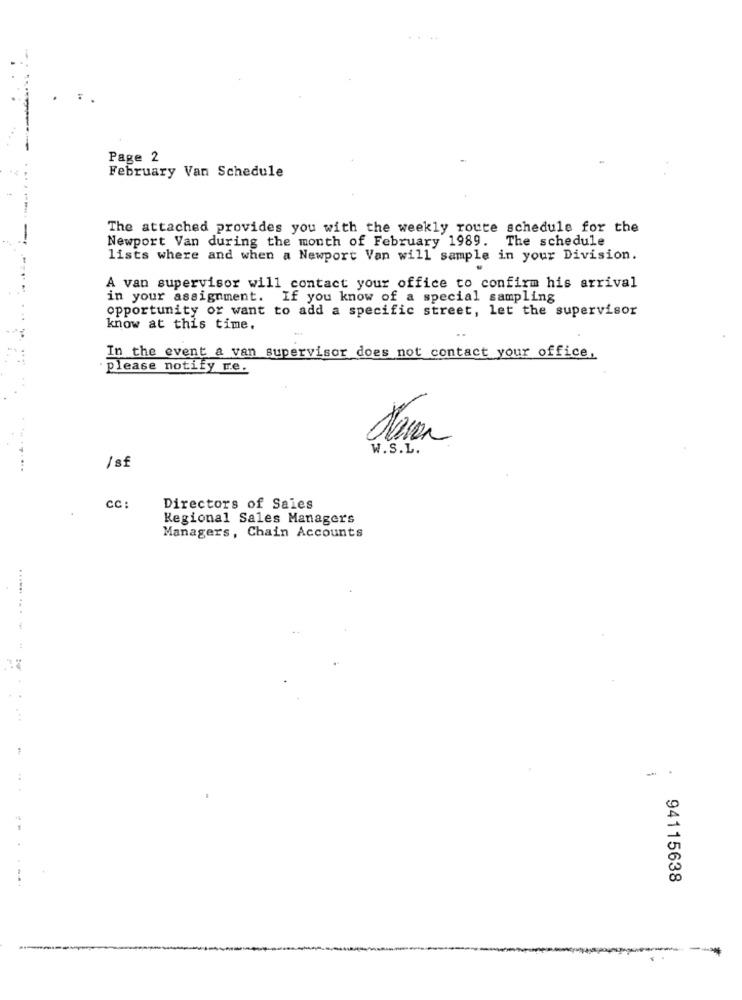
Page 2
February Van Schedule
The attached provides you with the weekly route schedule for the
-
Newport Van during the month of February 1989. The schedule
lists where and when a Newport Van will sample in your Division.
A van supervisor will contact your office to confirm his arrival
in your assignment. If you know of a special sampling
opportunity or want to add a specific street, let the supervisor
know at this time.
In the event a van supervisor does not contact your office,
· please notify re.
W.S.L.
1 sf
cc :
Directors of Sales
Regional Sales Managers
Managers, Chain Accounts
...... .. .
.. .
...
....
94115638